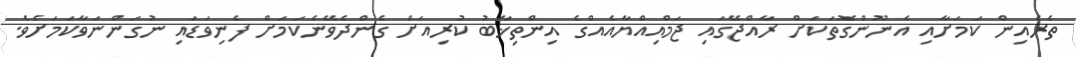
ތެރެއިން ކަމަށާއި އެނޫންގޮތަކަށް ރާއްޖޭގައި ޖަމްއިއްޔާއެއްގެ އިންތިޚާބު ކުރިއަށް ގެންދެވޭނެކަމަށް ފެނިވަޑައި ނުގަންނަވާކަމަށެވެ.